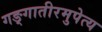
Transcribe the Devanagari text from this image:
गङ्गातीरमुपेत्य